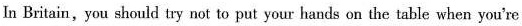
In Britain,you should try not to put your hands on the table when you're